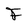
Character: F